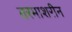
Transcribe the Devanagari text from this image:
तरमाशरीन